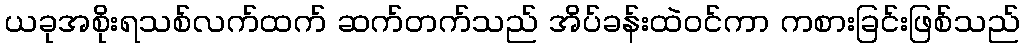
ယခုအစိုးရသစ်လက်ထက် ဆက်တက်သည် အိပ်ခန်းထဲဝင်ကာ ကစားခြင်းဖြစ်သည်